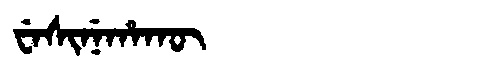
Manchu: ᠸᡝᠰᡳᠨᡝᡥᠠᡴᡡ
Romanization: WESINEHAKŪ